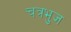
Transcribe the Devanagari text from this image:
चत्रभुज